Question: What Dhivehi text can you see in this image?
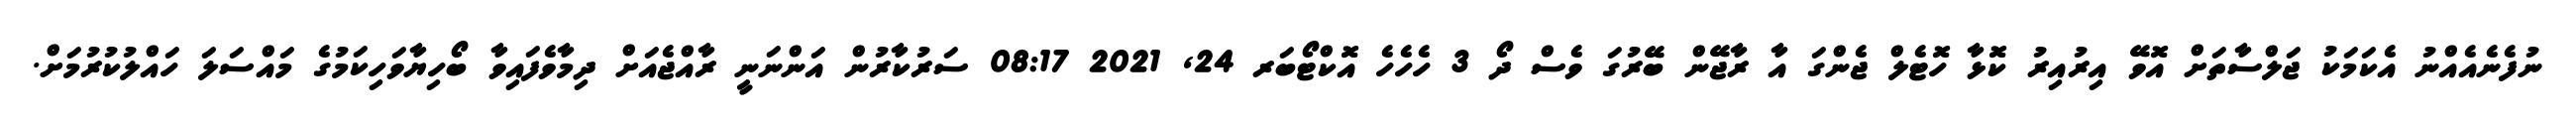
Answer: ނުފެނެއެއްނު އެކަމަކު ޖަލްސާތަށް އޮވޭ އިރުއިރު ކޮޅާ ހޮޓެލް ޖެންގަ އާ ރާޖޭން ބޭރުގަ ވެސް ދޯ 3 ހެހެހެ އޮކްޓޯބަރ 24, 2021 08:17 ސަރުކާރުން އަންނަނީ ރާއްޖެއަށް ދިމާވެފައިވާ ބޯހިޔާވަހިކަމުގެ މައްސަލަ ހައްލުކުރުމަށް.